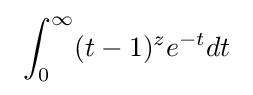
\ \int _{0}^{\infty }(t-1)^{z}e^{-t}dt\